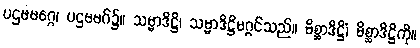
ပဌမမဂ္ဂေ၊ ပဌမမဂ်၌။ သမ္မာဒိဋ္ဌိ၊ သမ္မာဒိဋ္ဌိမဂ္ဂင်သည်။ မိစ္ဆာဒိဋ္ဌိံ၊ မိစ္ဆာဒိဋ္ဌိကို။